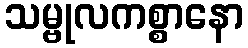
သမ္ဗုလကစ္စာနော